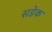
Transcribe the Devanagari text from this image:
सडेक